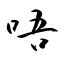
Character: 唔